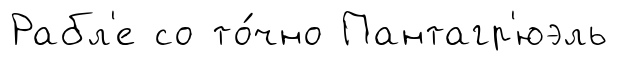
Рабл'е со то́чно Пантагр'юэль